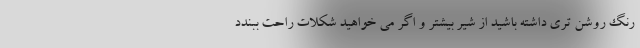
رنگ روشن تری داشته باشید از شیر بیشتر و اگر می خواهید شکلات راحت ببندد